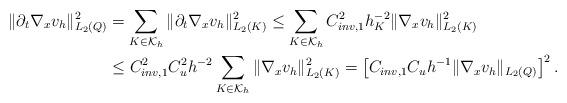
LaTeX: \begin{align*} \|\partial_t \nabla_x v_h\|_{L_2(Q)}^2 &= \sum_{K \in \mathcal{K}_{h}} \|\partial_t \nabla_x v_h\|_{L_2(K)}^2 \leq \sum_{K \in \mathcal{K}_{h}} C_{inv,1}^2 h_K^{-2} \|\nabla_x v_h\|_{L_2(K)}^2\\ &\leq C_{inv,1}^2 C_u^2 h^{-2} \sum_{K \in \mathcal{K}_{h}} \|\nabla_x v_h\|_{L_2(K)}^2 = \left[ C_{inv,1} C_u h^{-1} \| \nabla_x v_h\|_{L_2(Q)} \right]^2.\end{align*}